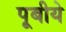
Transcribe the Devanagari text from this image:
पूबीये